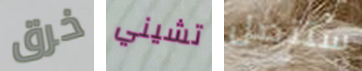
خرق تشيني ستتصل